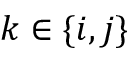
k \in \{ i , j \}